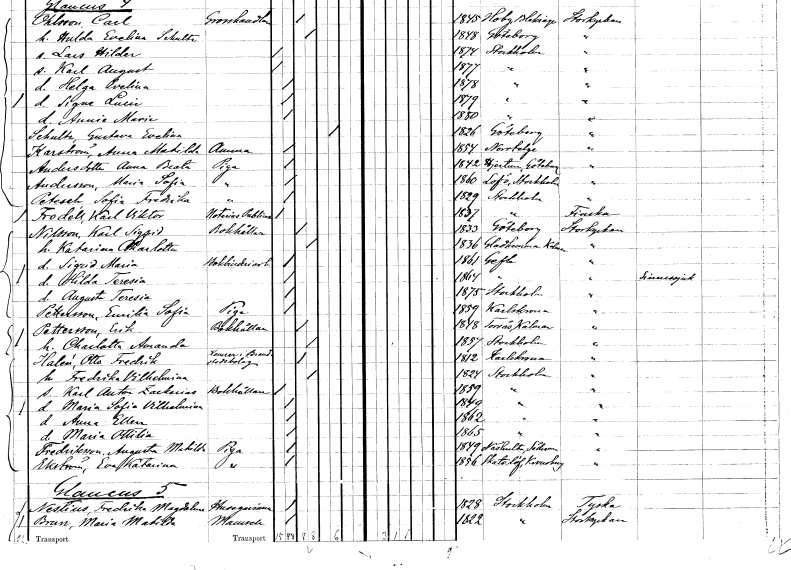
gt_parse: households: individuals: FN: Gustava Evelina
EN: Schultz
KON: K
CIV: E
FODAR: 1826
FODFORS: Göteborg Göteborgs- och Bohuslän
FN: Anna Matilda
EN: Karström
YRKE: Amma
KON: K
CIV: O
FODAR: 1854
FODFORS: Norrtälje Stockholms län
FN: Anna Beata
EN: Andersdotter
YRKE: Piga
KON: K
CIV: O
FODAR: 1842
FODFORS: Hjärtum Älvsborgs län
FN: Maria Sofia
EN: Andersson
YRKE: Piga
KON: K
CIV: O
FODAR: 1860
FODFORS: Lovö Stockholms län
FN: Sofia Fredrika
EN: Petesch
YRKE: Piga
KON: K
CIV: O
FODAR: 1829
FODFORS: Stockholm
FN: Karl Viktor
EN: Frodéll
YRKE: Notarius publicus
KON: M
CIV: O
FODAR: 1837
FODFORS: Stockholm
FN: Karl Sigfrid
EN: Nilsson
YRKE: Bokhållare
KON: M
CIV: G
FODAR: 1833
FODFORS: Göteborg Göteborgs- och Bohuslän
FN: Katarina Charlotta
KON: K
CIV: G
FODAR: 1836
FODFORS: Gladhammar Kalmar län
FN: Sigrid Maria
YRKE: Bokbinderiarbetare
KON: K
CIV: O
FODAR: 1861
FODFORS: Gävle Gävleborgs län
FN: Hilda Teresia
KON: K
CIV: O
FODAR: 1864
FODFORS: Gävle Gävleborgs län
FN: Augusta Teresia
KON: K
CIV: O
FODAR: 1875
FODFORS: Stockholm
FN: Emilia Sofia
EN: Pettersson
YRKE: Piga
KON: K
CIV: O
FODAR: 1859
FODFORS: Karlskrona Blekinge län
FN: Erik
EN: Pettersson
YRKE: Bokhållare
KON: M
CIV: G
FODAR: 1848
FODFORS: Torsås Kalmar län
FN: Charlotta Amanda
KON: K
CIV: G
FODAR: 1857
FODFORS: Stockholm
FN: Otto Fredrik
EN: Halén
YRKE: Kamrer
KON: M
CIV: G
FODAR: 1812
FODFORS: Karlskrona Blekinge län
FN: Fredrika Vilhelmina
KON: K
CIV: G
FODAR: 1824
FODFORS: Stockholm
FN: Karl Anton Zackarias
YRKE: Bokhållare
KON: M
CIV: O
FODAR: 1859
FODFORS: Stockholm
FN: Maria Sofia Vilhelmina
KON: K
CIV: O
FODAR: 1849
FODFORS: Stockholm
FN: Anna Ellen
KON: K
CIV: O
FODAR: 1862
FODFORS: Stockholm
FN: Maria Ottilia
KON: K
CIV: O
FODAR: 1865
FODFORS: Stockholm
FN: Augusta Matilda
EN: Fredriksson
YRKE: Piga
KON: K
CIV: O
FODAR: 1849
FODFORS: Näshulta Södermanlands län
FN: Eva Katarina
EN: Ekström
YRKE: Piga
KON: K
CIV: O
FODAR: 1856
FODFORS: Skatelöv Kronobergs län
FN: Fredrika Magdalena
EN: Nestius
YRKE: Husägarinna
KON: K
CIV: O
FODAR: 1828
FODFORS: Stockholm
FN: Maria Matilda
EN: Brun
KON: K
CIV: O
FODAR: 1822
FODFORS: Stockholm